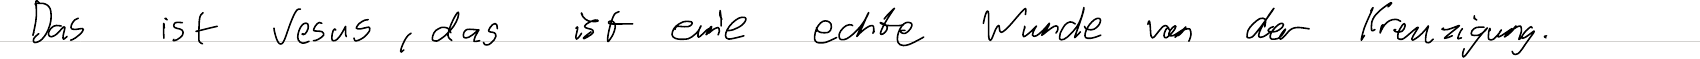
Das ist Jesus, das ist eine echte Wunde von der Kreuzigung.